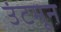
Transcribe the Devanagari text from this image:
उंटमून